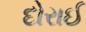
દોરાઈ